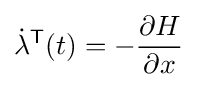
{\dot {\lambda }}^{\mathsf {T}}(t)=-{\frac {\partial H}{\partial x}}